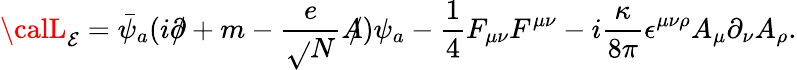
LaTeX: {\calL}_{\mathcal{E}}=\bar{{\psi}}_{a}(i\partial\! \! \! /+m-\frac{{e}}{{\sqrt{}{{N}}}}A\! \! \! /)\psi_{a}-\frac{{1}}{{4}}F_{\mu\nu}F^{\mu\nu}-i\frac{{\kappa}}{{8\pi}}\epsilon^{\mu\nu\rho}A_{\mu}\partial_{\nu}A_{\rho}.